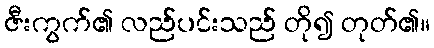
ဇီးကွက်၏ လည်ပင်းသည် တို၍ တုတ်၏။